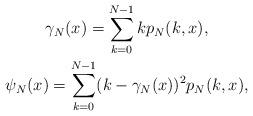
LaTeX: \begin{gather*}\gamma_N(x)=\sum_{k=0}^{N-1} k p_N(k,x),\\\psi_N(x)=\sum_{k=0}^{N-1} (k-\gamma_N(x))^2 p_N(k,x),\end{gather*}